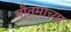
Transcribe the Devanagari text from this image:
गौतमाच्या